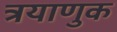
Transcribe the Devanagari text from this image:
त्रयाणुक